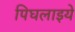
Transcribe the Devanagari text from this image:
पिघलाइये